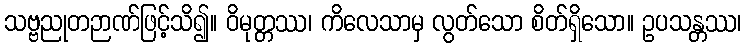
သဗ္ဗညုတဉာဏ်ဖြင့်သိ၍။ ဝိမုတ္တဿ၊ ကိလေသာမှ လွတ်သော စိတ်ရှိသော။ ဥပသန္တဿ၊